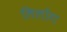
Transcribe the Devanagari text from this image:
लिलोंग